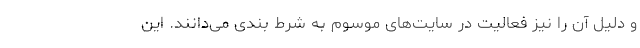
و دلیل آن را نیز فعالیت در سایت‌های موسوم به شرط بندی می‌دانند. این